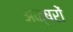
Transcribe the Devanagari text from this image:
अक्षरोें